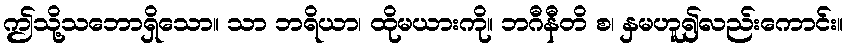
ဤသို့သဘောရှိသော။ သာ ဘရိယာ၊ ထိုမယားကို။ ဘဂီနီတိ စ၊ နှမဟူ၍လည်းကောင်း။